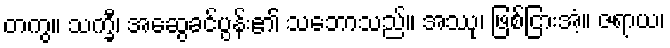
တကွ။ သက္ခီ၊ အဆွေခင်ပွန်း၏ သဘောသည်။ အဿု၊ ဖြစ်ငြားအံ့။ ဇရာယ၊